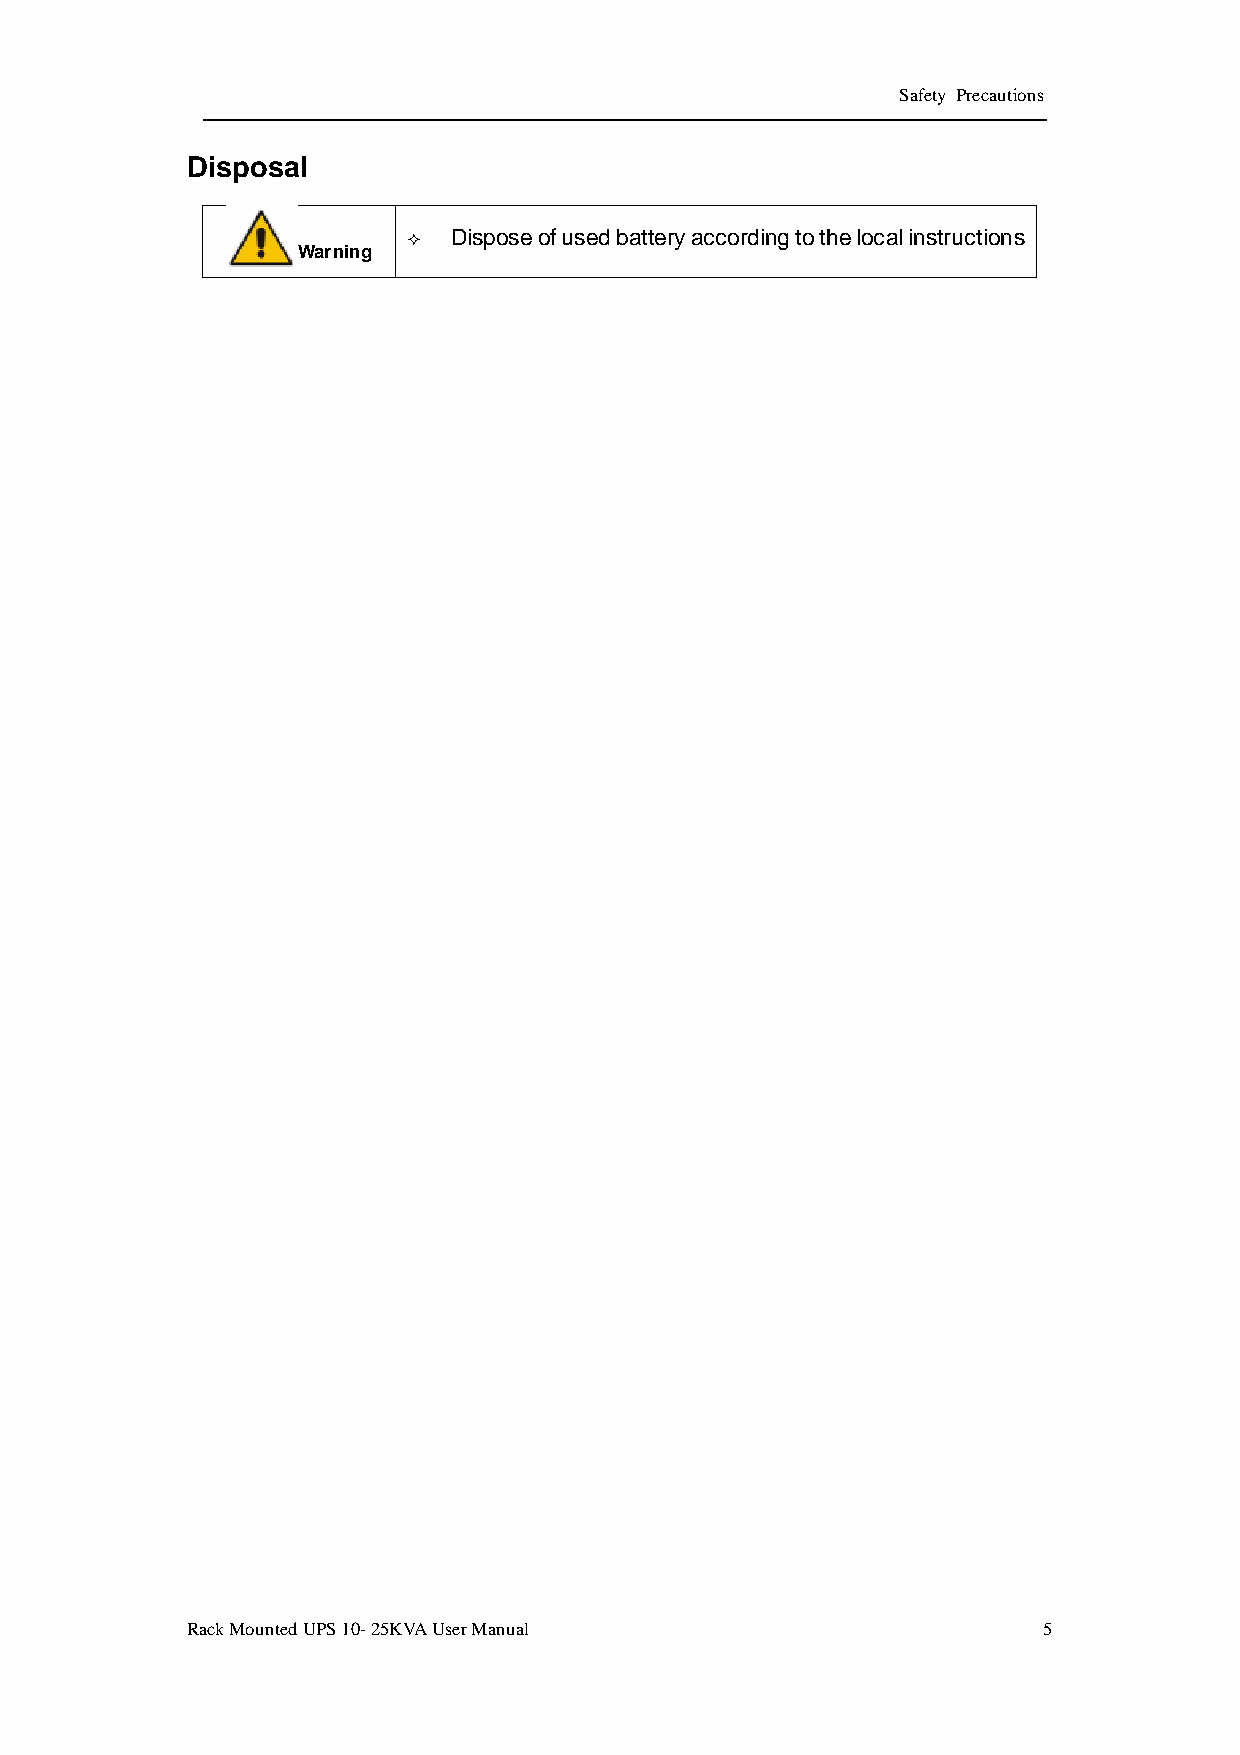
Safety Precautions
 Disposal
   Dispose of used battery according to the local instructions
 Warning
 Rack Mounted UPS 10- 25KVA User Manual                   5